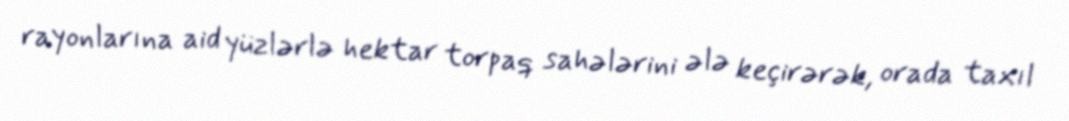
rayonlarına aid yüzlərlə hektar torpaq sahələrini ələ keçirərək, orada taxıl